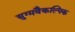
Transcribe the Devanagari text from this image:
युग्मवैकल्पिक